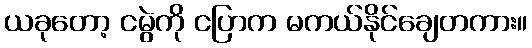
ယခုတော့ ငမွဲကို ငပြာက မကယ်နိုင်ချေတကား။